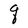
Character: q